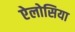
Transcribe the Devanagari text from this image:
ऐलोसिया